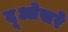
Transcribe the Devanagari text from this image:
दूओसरे